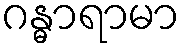
ဂန္ဓာရာမာ